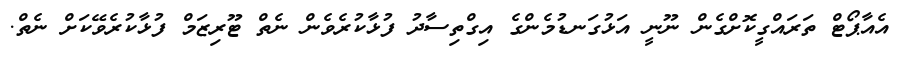
އެއާޕޯޓް ތަރައްގީކޮށްގެން ނޫނީ އަޅުގަނޑުމެންގެ އިގްތިސާދު ފުޅާކުރެވެން ނެތް ޓޫރިޒަމް ފުޅާކުރެވޭކަށް ނެތް.